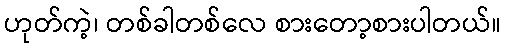
ဟုတ်ကဲ့၊ တစ်ခါတစ်လေ စားတော့စားပါတယ်။